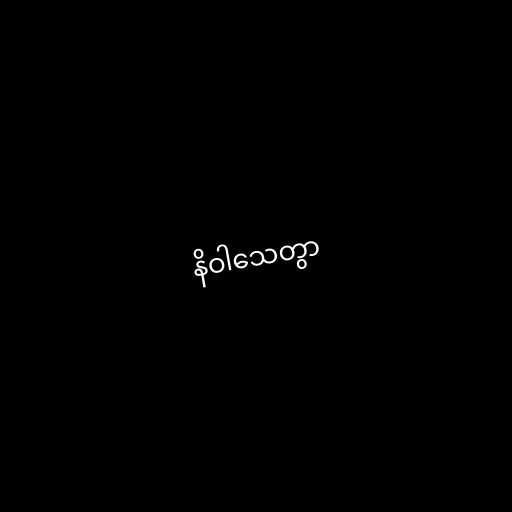
နိဝါသေတွာ